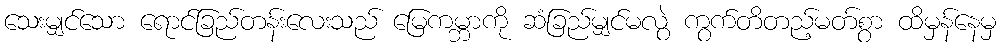
သေးမျှင်သော ရောင်ခြည်တန်းလေးသည် မြေကမ္ဘာကို ဆံခြည်မျှင်မလွဲ ကွက်တိတည့်မတ်စွာ ထိမှန်နေမှ